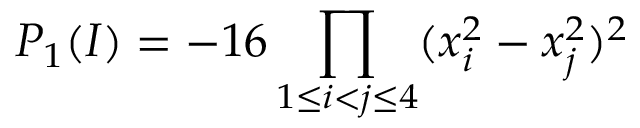
P _ { 1 } ( I ) = - 1 6 \prod _ { 1 \le i < j \le 4 } ( x _ { i } ^ { 2 } - x _ { j } ^ { 2 } ) ^ { 2 }